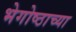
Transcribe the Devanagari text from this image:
भेगोष्ठाच्या